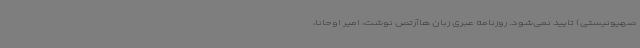
صهیونیستی) تایید نمی‌شود. روزنامه عبری زبان هاآرتص نوشت، امیر اوحانا،